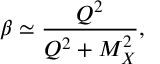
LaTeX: \beta \simeq \frac { Q ^ { 2 } } { Q ^ { 2 } + M _ { X } ^ { 2 } } ,